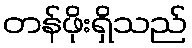
တန်ဖိုးရှိသည်